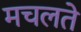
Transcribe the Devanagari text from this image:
मचलते